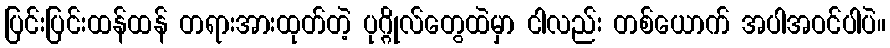
ပြင်းပြင်းထန်ထန် တရားအားထုတ်တဲ့ ပုဂ္ဂိုလ်တွေထဲမှာ ငါလည်း တစ်ယောက် အပါအဝင်ပါပဲ။